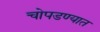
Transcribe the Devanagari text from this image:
चोपडण्यात